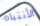
الأنتباه